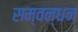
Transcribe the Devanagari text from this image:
सम्वन्धन